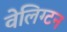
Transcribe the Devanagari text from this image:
वेलिग्टन